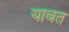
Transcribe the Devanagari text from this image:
यावत